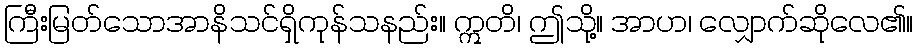
ကြီးမြတ်သောအာနိသင်ရှိကုန်သနည်း။ ဣတိ၊ ဤသို့။ အာဟ၊ လျှောက်ဆိုလေ၏။